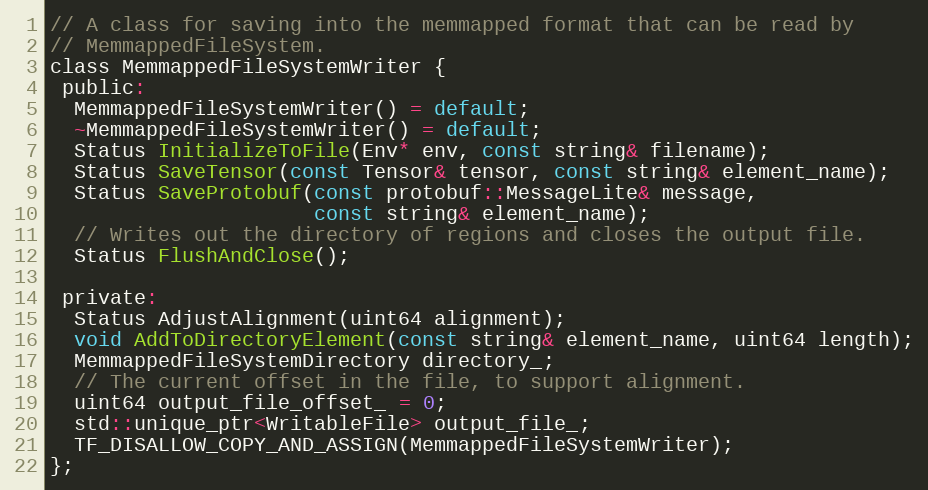
Language: C
// A class for saving into the memmapped format that can be read by
// MemmappedFileSystem.
class MemmappedFileSystemWriter {
 public:
  MemmappedFileSystemWriter() = default;
  ~MemmappedFileSystemWriter() = default;
  Status InitializeToFile(Env* env, const string& filename);
  Status SaveTensor(const Tensor& tensor, const string& element_name);
  Status SaveProtobuf(const protobuf::MessageLite& message,
                      const string& element_name);
  // Writes out the directory of regions and closes the output file.
  Status FlushAndClose();

 private:
  Status AdjustAlignment(uint64 alignment);
  void AddToDirectoryElement(const string& element_name, uint64 length);
  MemmappedFileSystemDirectory directory_;
  // The current offset in the file, to support alignment.
  uint64 output_file_offset_ = 0;
  std::unique_ptr<WritableFile> output_file_;
  TF_DISALLOW_COPY_AND_ASSIGN(MemmappedFileSystemWriter);
};